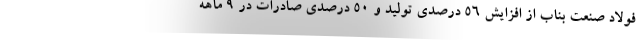
فولاد صنعت بناب از افزایش ۵۶ درصدی تولید و 50 درصدي صادرات در 9 ماهه